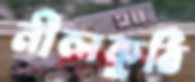
নীলকুঠি